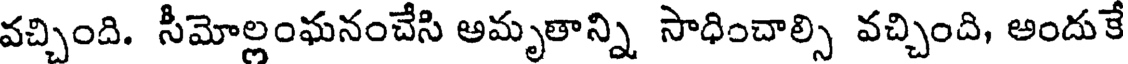
వచ్చింది. సీమోల్లంఘనంచేసి అమృతాన్ని సాధించాల్సి వచ్చింది, అందుకే